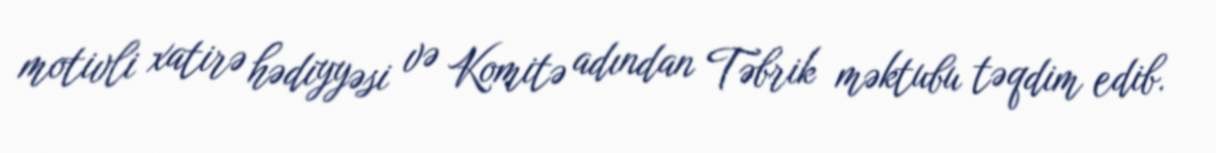
motivli xatirə hədiyyəsi və Komitə adından Təbrik məktubu təqdim edib.